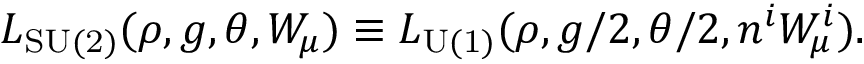
{ \cal L } _ { \mathrm { S U ( 2 ) } } ( \rho , g , \theta , W _ { \mu } ) \equiv { \cal L } _ { \mathrm { U ( 1 ) } } ( \rho , g / 2 , \theta / 2 , n ^ { i } W _ { \mu } ^ { i } ) .